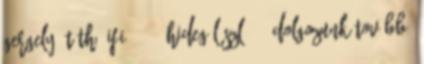
Gergely, Tóth. Ifi: 0-9. Hideg László: – Dolgozunk tovább,